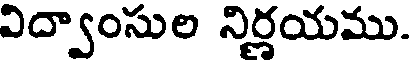
విద్వాంసుల నిర్ణయము.